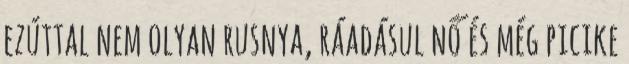
ezúttal nem olyan rusnya, ráadásul nő és még picike